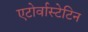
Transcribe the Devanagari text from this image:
एटोर्वास्टेटिन